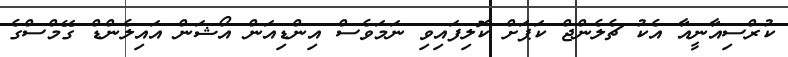
ކުރްސިއާނީއާ އެކު ޗެލެންޖް ކަޕަށް ކޮލިފައިވި ނަމަވެސް އިންޑިއަން އޯޝަން އައިލެންޑް ގޭމްސްގެ